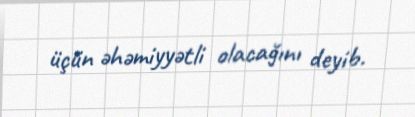
üçün əhəmiyyətli olacağını deyib.